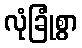
လုံခြုံစွာ